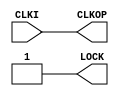
// Simulate a PLL the simplest way possible

`timescale 1 ns / 1 ps
module clkgen (
  input wire CLKI,
  output wire CLKOP,
  output wire LOCK
);

assign CLKOP = CLKI;
assign LOCK = 1'b1;

endmodule